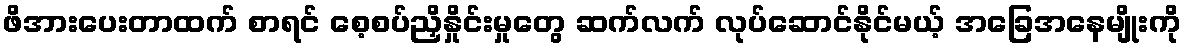
ဖိအားပေးတာထက် စာရင် စေ့စပ်ညှိနှိုင်းမှုတွေ ဆက်လက် လုပ်ဆောင်နိုင်မယ့် အခြေအနေမျိုးကို